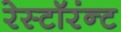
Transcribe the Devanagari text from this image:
रेस्टॉरंन्ट